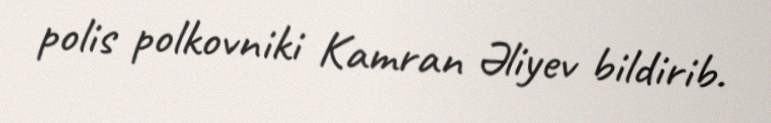
polis polkovniki Kamran Əliyev bildirib.